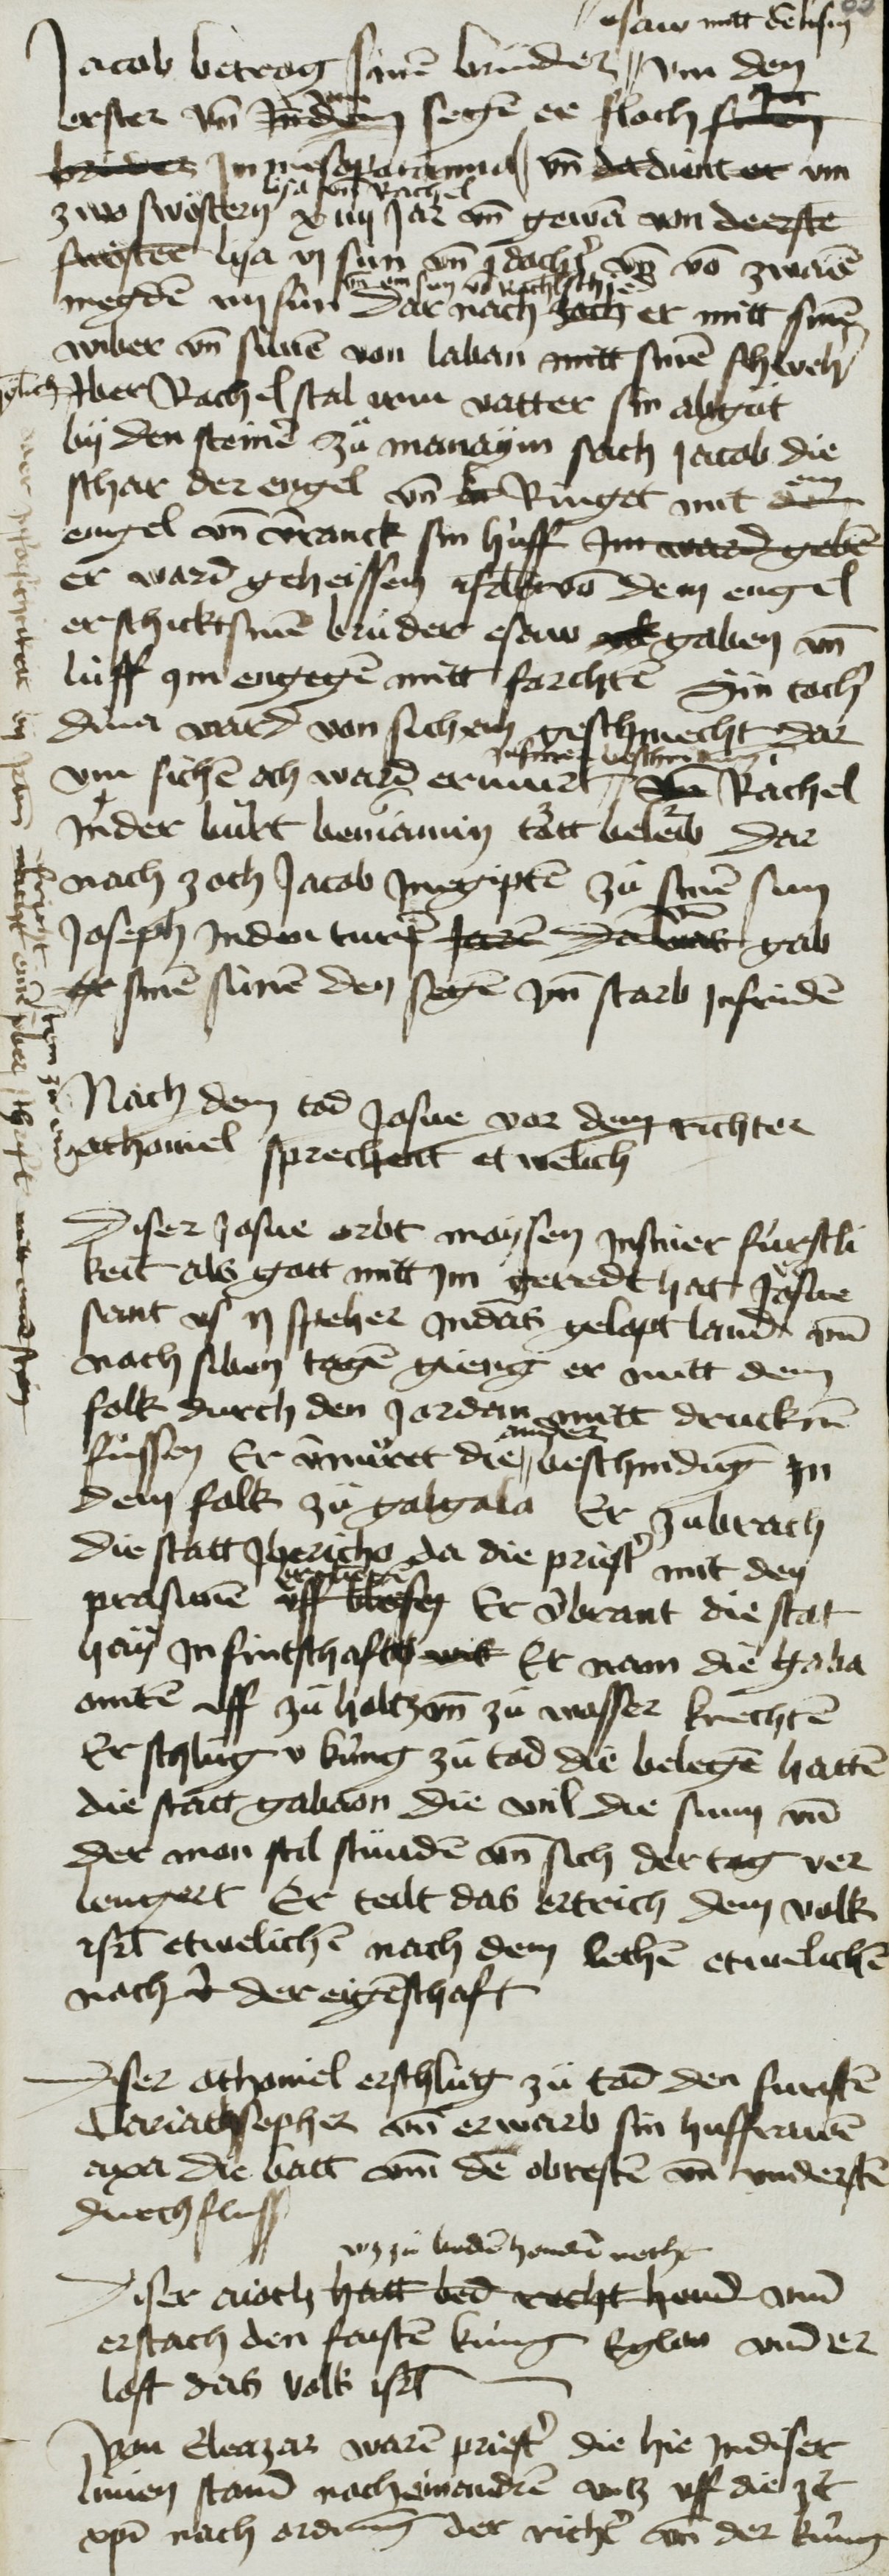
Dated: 1400–1499